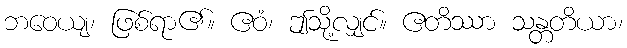
ဘဝေယျ၊ ဖြစ်ရာ၏။ ဧဝံ၊ ဤသို့လျှင်။ ဧတိဿာ သန္တတိယာ၊